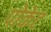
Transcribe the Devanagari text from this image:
पोकेट